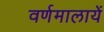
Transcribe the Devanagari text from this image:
वर्णमालायें